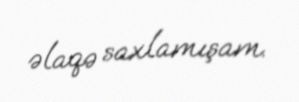
əlaqə saxlamışam.